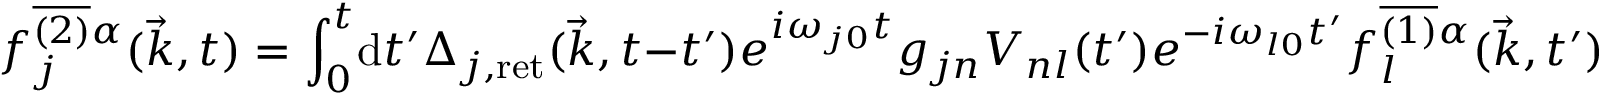
f _ { j } ^ { \overline { { { ( 2 ) } } } \alpha } ( \vec { k } , t ) = \int _ { 0 } ^ { t } \! \mathrm { d } t ^ { \prime } \Delta _ { j , \mathrm { r e t } } ( \vec { k } , t - t ^ { \prime } ) e ^ { i \omega _ { j 0 } t } g _ { j n } V _ { n l } ( t ^ { \prime } ) e ^ { - i \omega _ { l 0 } t ^ { \prime } } f _ { l } ^ { \overline { { { ( 1 ) } } } \alpha } ( \vec { k } , t ^ { \prime } )